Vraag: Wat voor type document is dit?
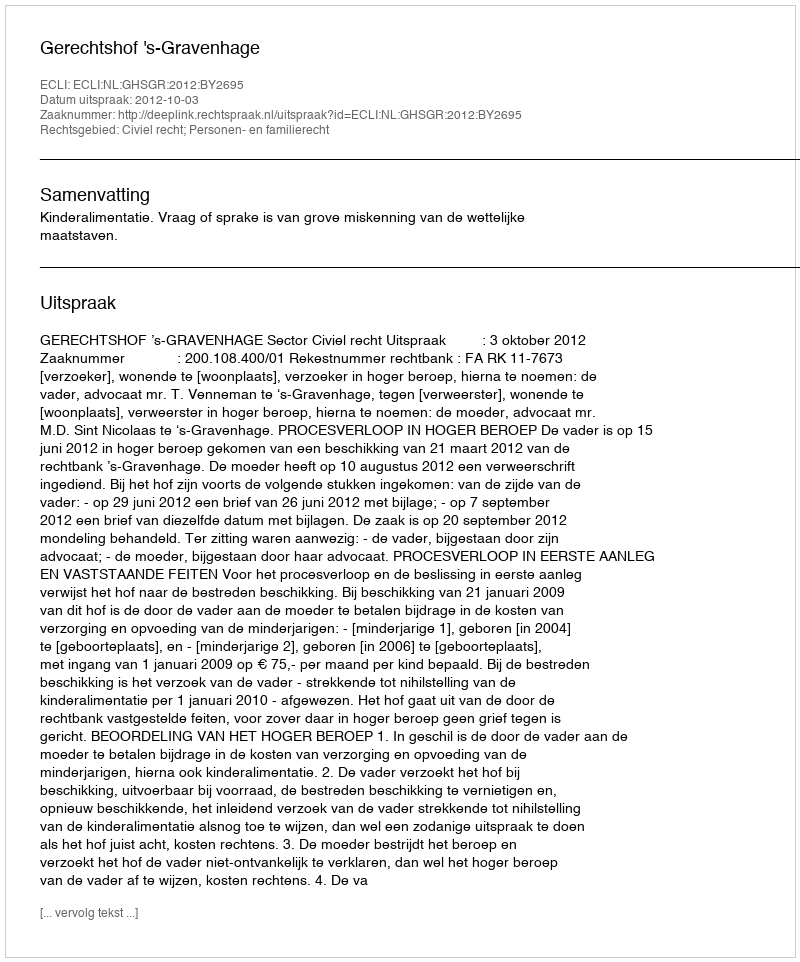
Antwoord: Uitspraak